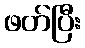
ဖတ်ပြီး